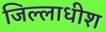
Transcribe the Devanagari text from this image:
जिल्लाधीश